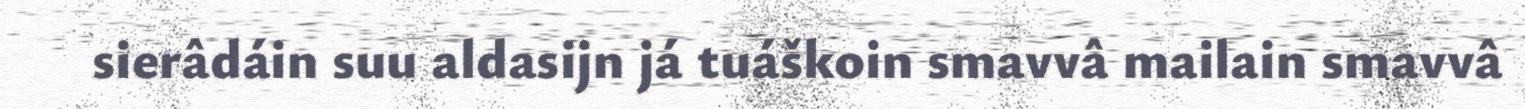
sierâdáin suu aldasijn já tuáškoin smavvâ mailain smavvâ